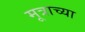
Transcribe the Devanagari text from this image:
मूत्राच्या